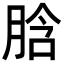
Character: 𦛜